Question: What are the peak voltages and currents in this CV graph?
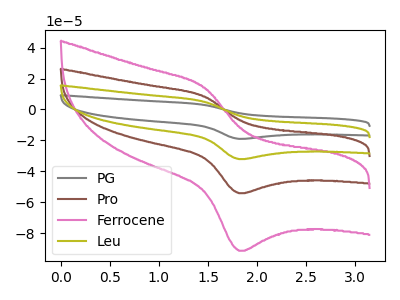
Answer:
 <answer>The gray curve "PG" has an anodic peak at (1.45V, 25.20uA) and a cathodic peak at (1.80V, -162.40uA). The brown curve "Pro" has an anodic peak at (1.45V, 8.40uA) and a cathodic peak at (1.80V, -54.15uA). The pink curve "Ferrocene" has an anodic peak at (1.45V, 14.20uA) and a cathodic peak at (1.80V, -91.35uA). The olive curve "Leu" has an anodic peak at (1.45V, 16.80uA) and a cathodic peak at (1.80V, -108.25uA).</answer>
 <eval></eval>